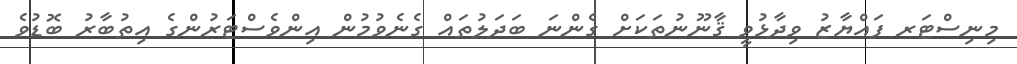
މިނިސްޓަރ ފައްޔާޒު ވިދާޅުވީ ޤާނޫނުތަކަށް ގެންނަ ބަދަލުތައް ގެނެވުމުން އިންވެސްޓަރުންގެ އިތުބާރު ބޮޑުވެ